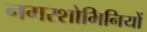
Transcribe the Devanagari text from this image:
नगरशोभिनियों